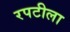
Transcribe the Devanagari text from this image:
रपटीला